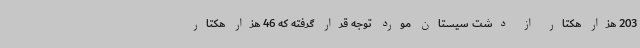
203 هزار هکتار از دشت سیستان مورد توجه قرار گرفته که 46 هزار هکتار